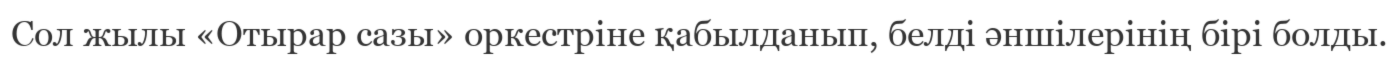
Сол жылы «Отырар сазы» оркестріне қабылданып, белді әншілерінің бірі болды.